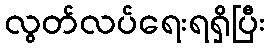
လွတ်လပ်ရေးရရှိပြီး